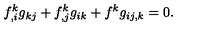
f _ { , i } ^ { k } g _ { k j } + f _ { , j } ^ { k } g _ { i k } + f ^ { k } g _ { i j , k } = 0 .